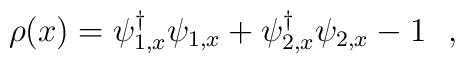
\rho(x)=\psi^{\dag}_{1,x}\psi_{1,x}+\psi^{\dag}_{2,x}\psi_{2,x}-1\ \ ,